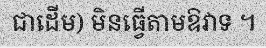
ជាដើម) មិនធ្វើតាមឱវាទ ។